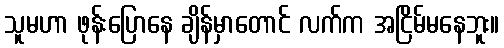
သူမဟာ ဖုန်းပြောနေ ချိန်မှာတောင် လက်က အငြိမ်မနေဘူး။